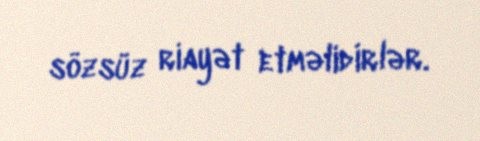
sözsüz riayət etməlidirlər.